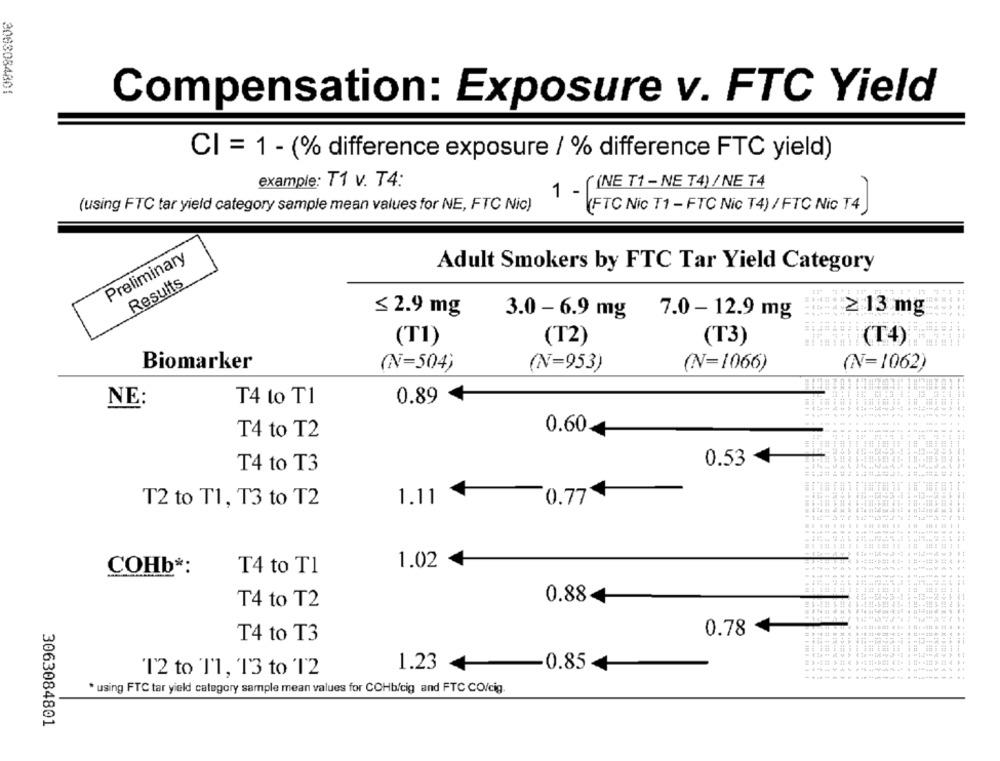
3083084801
Compensation: Exposure v. FTC Yield
CI = 1 - (% difference exposure / % difference FTC yield)
example: T1 v. T4:
1 - [ (NE T1 - NE T4) / NE T4
(using FTC tar yield category sample mean values for NE, FTC Nic)
(FTC Nic T1 - FTC Nic T4) / FTC Nic T4
Preliminary
Adult Smokers by FTC Tar Yield Category
Results
≤ 2.9 mg
≥:13 mg
3.0 - 6.9 mg
7.0 - 12.9 mg
(T1)
(T2)
(T3)
(T4)
Biomarker
(N=1062)
(N=504)
(N=953)
(N=1066)
NE:
T4 to T1
0.89
T4 to T2
0.60
0.53
T4 to T3
T2 to T1, T3 to T2
1.11
0.77
1.02
COHb *:
T4 to T1
0.88
T4 to T2
0.78
T4 to T3
1.23
4
-0.854
"12 to T1, 13 to T2
* using FTC tar yield category sample mean values for COHb/cig and FTC CO/cig.
3063084801